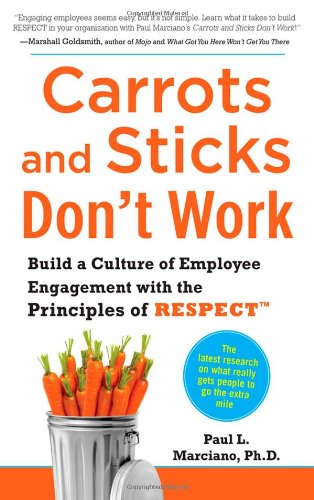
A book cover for Carrots and Sticks Don't Work: Build a Culture of Employee Engagement with the Principles of RESPECT; Paul L. Marciano; Business & Money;